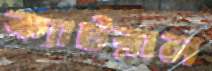
ক্যাটরাল